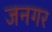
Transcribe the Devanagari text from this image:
जनगर